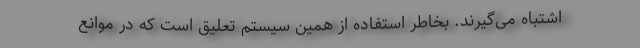
اشتباه می‌گیرند. بخاطر استفاده از همین سیستم تعلیق است که در موانع